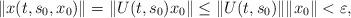
LaTeX: \begin{align*}\|x(t,s_0,x_0)\|=\|U(t,s_0)x_0\|\leq\|U(t,s_0)\|\|x_0\|<\varepsilon,\end{align*}